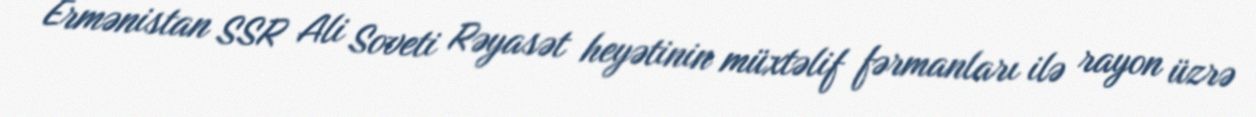
Ermənistan SSR Ali Soveti Rəyasət heyətinin müxtəlif fərmanları ilə rayon üzrə